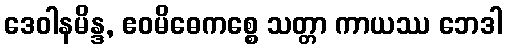
ဒေဝါနမိန္ဒ, ဧဝမိဓေကစ္စေ သတ္တာ ကာယဿ ဘေဒါ